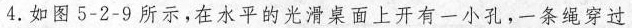
4.如图5-2-9所示，在水平的光滑桌面上开有一小孔，一条绳穿过